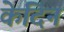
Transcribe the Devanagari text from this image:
केदिन